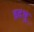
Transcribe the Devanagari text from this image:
इदथु